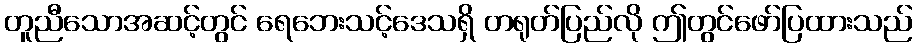
တူညီသောအဆင့်တွင် ရေဘေးသင့်ဒေသရှိ တရုတ်ပြည်လို ဤတွင်ဖော်ပြထားသည်